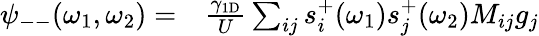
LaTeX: \begin{array}{rl}{\psi_{--}(\omega_{1},\omega_{2})=}&{{}\frac{\gamma_{\mathrm{1D}}}{U}\sum_{ij}s_{i}^{+}(\omega_{1})s_{j}^{+}(\omega_{2})M_{ij}g_{j}}\end{array}